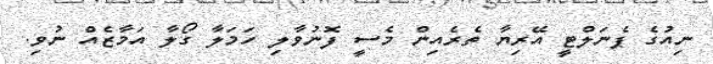
ނިއުގެ ޕެނަލްޓީ އޭރިޔާ ތެރެއިން މެސީ ފޮނުވާލި ހަމަލާ ގޯލާ އަމާޒެއް ނުވި.